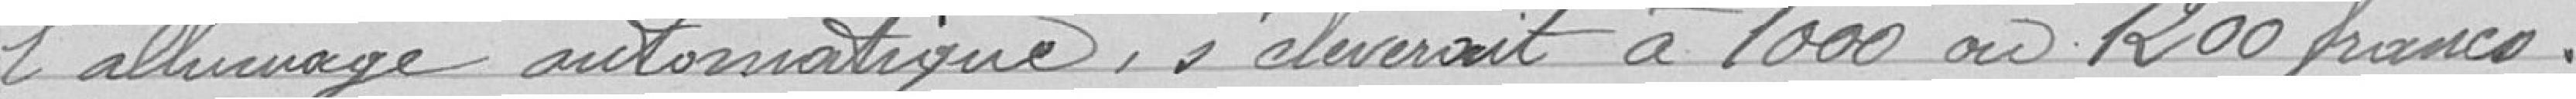
l'allumage automatique, s’élèverait à 1000 ou 1200 francs.